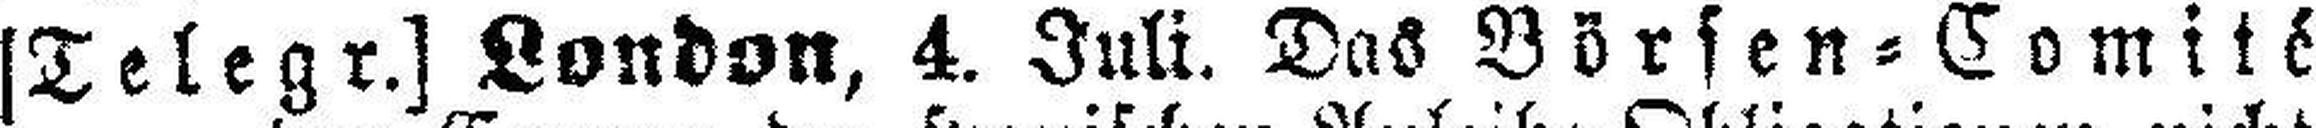
[Telegr.] London, 4. Juli. Das Börsen=Comité